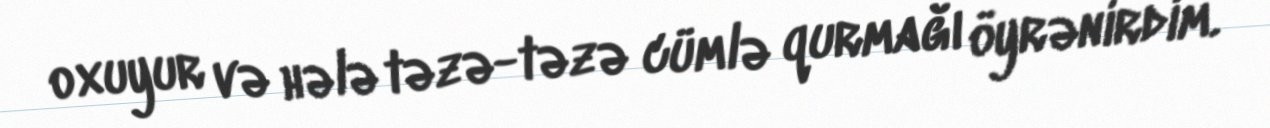
oxuyur və hələ təzə-təzə cümlə qurmağı öyrənirdim.